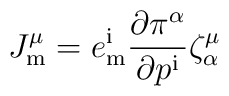
J_{\mathrm{m}}^\mu = e^{\mathrm{i}}_{\mathrm{m}} {\partial\pi^\alpha\over\partial p^{\mathrm{i}}} \zeta_\alpha^\mu